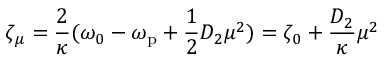
\zeta _ { \mu } = \frac { 2 } { \kappa } ( \omega _ { 0 } - \omega _ { \mathrm { p } } + \frac { 1 } { 2 } D _ { 2 } \mu ^ { 2 } ) = \zeta _ { 0 } + \frac { D _ { 2 } } { \kappa } \mu ^ { 2 }